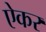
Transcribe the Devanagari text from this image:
ऐकर